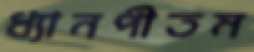
ধ্যানপীতম